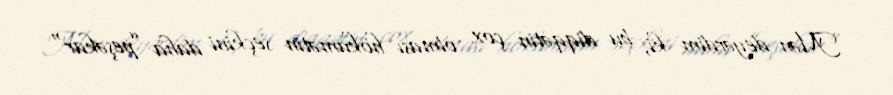
Mən deyərdim ki, bu diqqətin çox olması hökumətin seçkini daha ”peşəkar"